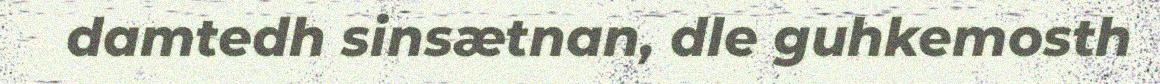
damtedh sinsætnan, dle guhkemosth